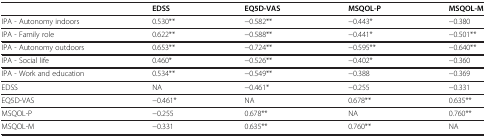
|  | EDSS | EQ5D-VAS | MSQOL-P | MSQOL-M |
 | --- | --- | --- | --- | --- |
 | IPA - Autonomy indoors | 0.530** | -0.582** | -0.443* | -0.380 |
 | IPA - Family role | 0.622** | -0.588** | -0.441* | -0.501** |
 | IPA - Autonomy outdoors | 0.653** | -0.724** | -0.595** | -0.640** |
 | IPA - Social life | 0.460* | -0.526** | -0.402* | -0.360 |
 | IPA - Work and education | 0.534** | -0.549** | -0.388 | -0.369 |
 | EDSS | NA | -0.461* | -0.255 | -0.331 |
 | EQ5D-VAS | -0.461* | NA | 0.678** | 0.635** |
 | MSQOL-P | -0.255 | 0.678** | NA | 0.760** |
 | MSQOL-M | -0.331 | 0.635** | 0.760** | NA |